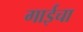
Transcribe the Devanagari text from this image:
गाईचा